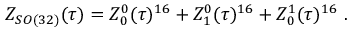
Z _ { S O ( 3 2 ) } ( \tau ) = Z _ { 0 } ^ { 0 } ( \tau ) ^ { 1 6 } + Z _ { 1 } ^ { 0 } ( \tau ) ^ { 1 6 } + Z _ { 0 } ^ { 1 } ( \tau ) ^ { 1 6 } \ .